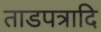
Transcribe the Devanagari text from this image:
ताडपत्रादि